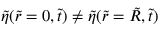
\tilde { \eta } ( \tilde { r } = 0 , \tilde { t } ) \neq \tilde { \eta } ( \tilde { r } = \tilde { R } , \tilde { t } )